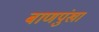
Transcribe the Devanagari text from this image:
बाणपुंखा